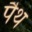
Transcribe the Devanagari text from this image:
पैथ